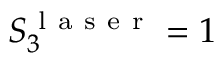
S _ { 3 } ^ { \mathrm { ~ l ~ a ~ s ~ e ~ r ~ } } = 1